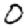
Digit: 0